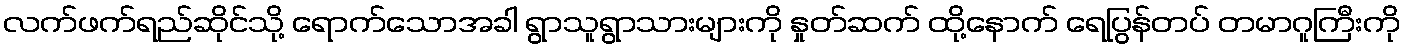
လက်ဖက်ရည်ဆိုင်သို့ ရောက်သောအခါ ရွာသူရွာသားများကို နှုတ်ဆက် ထို့နောက် ရေပြွန်တပ် တမာဂူကြီးကို